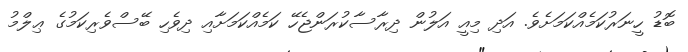
ބޮޑު ހީނަރުކަމެއްކަމަށެވެ. އަދި މިއީ އަލުން ދިރާސާކުރަންޖެހޭ ކަމެއްކަމަށާއި ދިވެހި ބޭސްވެރިކަމުގެ ޢިލްމު